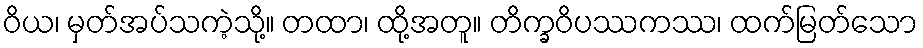
ဝိယ၊ မှတ်အပ်သကဲ့သို့။ တထာ၊ ထို့အတူ။ တိက္ခဝိပဿကဿ၊ ထက်မြတ်သော